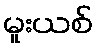
မူးယစ်